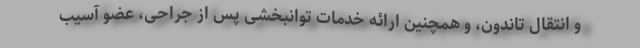
و انتقال تاندون، و همچنین ارائه خدمات توانبخشی پس از جراحی، عضو آسیب